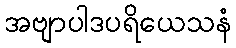
အဗျာပါဒပရိယေသနံ